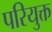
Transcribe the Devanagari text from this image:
परियुक्त